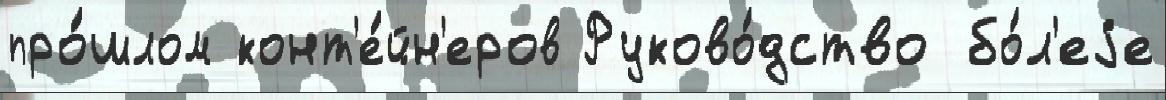
про́шлом конт'е́йн'еров Руково́дство бо́л'еjе